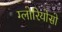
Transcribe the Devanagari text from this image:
ग्लोरियोसो